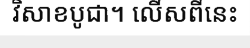
វិសាខបូជា។ លើសពីនេះ